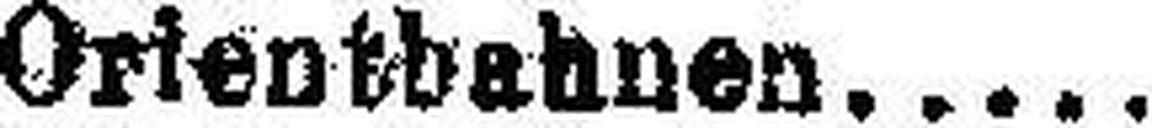
Orientbahnen